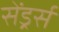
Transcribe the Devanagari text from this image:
सेंड्रर्स